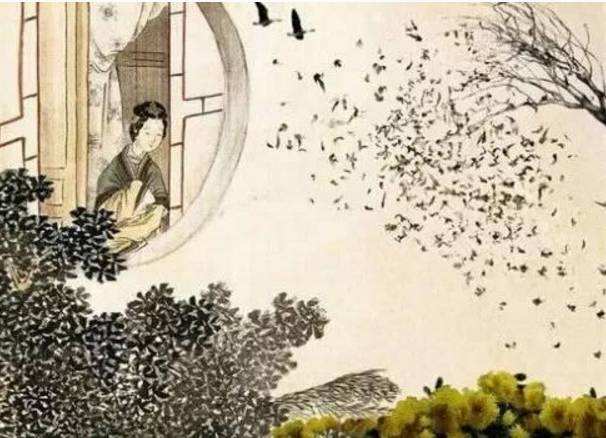
长条短叶翠濛濛，才过西风，又过东风。